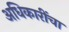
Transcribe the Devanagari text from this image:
अधिकारींचा